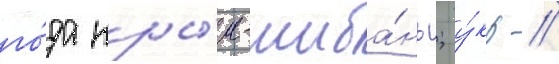
го́да кры́м-шиба́нь; у́кр //